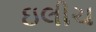
ઇલીચ